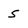
Character: 5